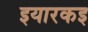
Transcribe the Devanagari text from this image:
इयारकइ